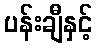
ပန်းချီနှင့်